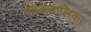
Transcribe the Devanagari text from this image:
पदकतालिका